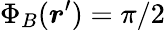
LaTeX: \Phi_{B}(\boldsymbol{r}^{\prime})=\pi/2